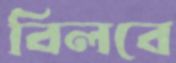
বিলবে